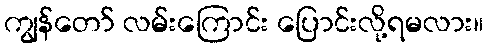
ကျွန်တော် လမ်းကြောင်း ပြောင်းလို့ရမလား။